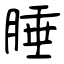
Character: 腄